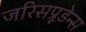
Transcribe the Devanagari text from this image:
जरिसप्रूडेन्स